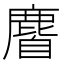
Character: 𪊰